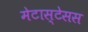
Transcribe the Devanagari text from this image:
मेटास्टेसस